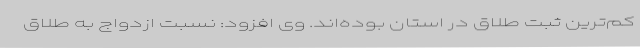
کم‌ترین ثبت طلاق در استان بوده‌اند. وی افزود: نسبت ازدواج به طلاق